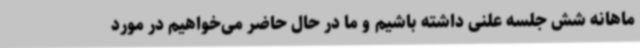
ماهانه شش جلسه علنی داشته باشیم و ما در حال حاضر می‌خواهیم در مورد